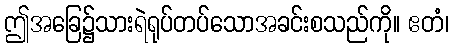
ဤအခြေ၌သားရဲရုပ်တပ်သောအခင်းစသည်ကို။ ဧတံ၊